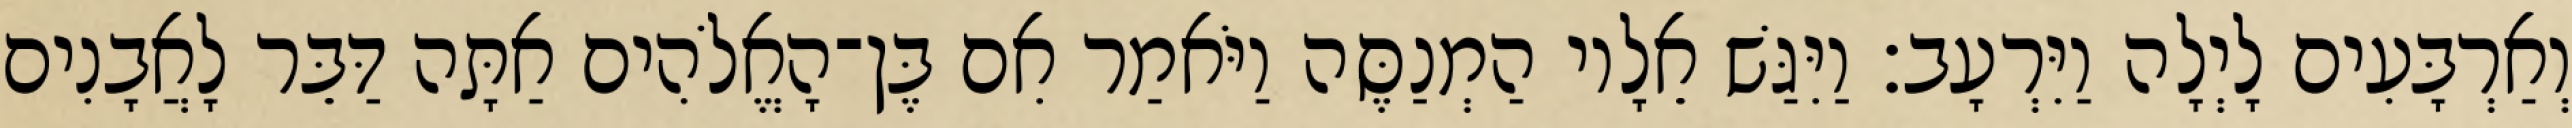
וְאַרְבָּעִים לָיְלָה וַיִּרְעָב׃ וַיִּגַּשׁ אֵלָיו הַמְנַסֶּה וַיֹּאמַר אִם בֶּן־הָאֱלֹהִים אַתָּה דַּבֵּר לָאֲבָנִים